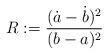
LaTeX: \begin{align*}R:=\frac{(\dot a-\dot b)^2}{(b-a)^2}\end{align*}